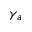
\gamma _ { a }